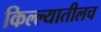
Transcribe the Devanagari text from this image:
किल्ल्यातीलच